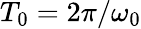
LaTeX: T_{0}=2\pi/\omega_{0}